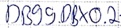
Text: DB99.DBX0.2